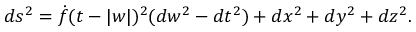
d s ^ { 2 } = \dot { f } ( t - | w | ) ^ { 2 } ( d w ^ { 2 } - d t ^ { 2 } ) + d x ^ { 2 } + d y ^ { 2 } + d z ^ { 2 } .